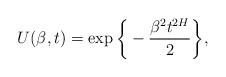
LaTeX: \begin{align*}U(\beta,t) = \exp\bigg\{-\frac{\beta^2 t^{2H}}{2}\bigg\},\end{align*}